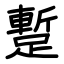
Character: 蹔